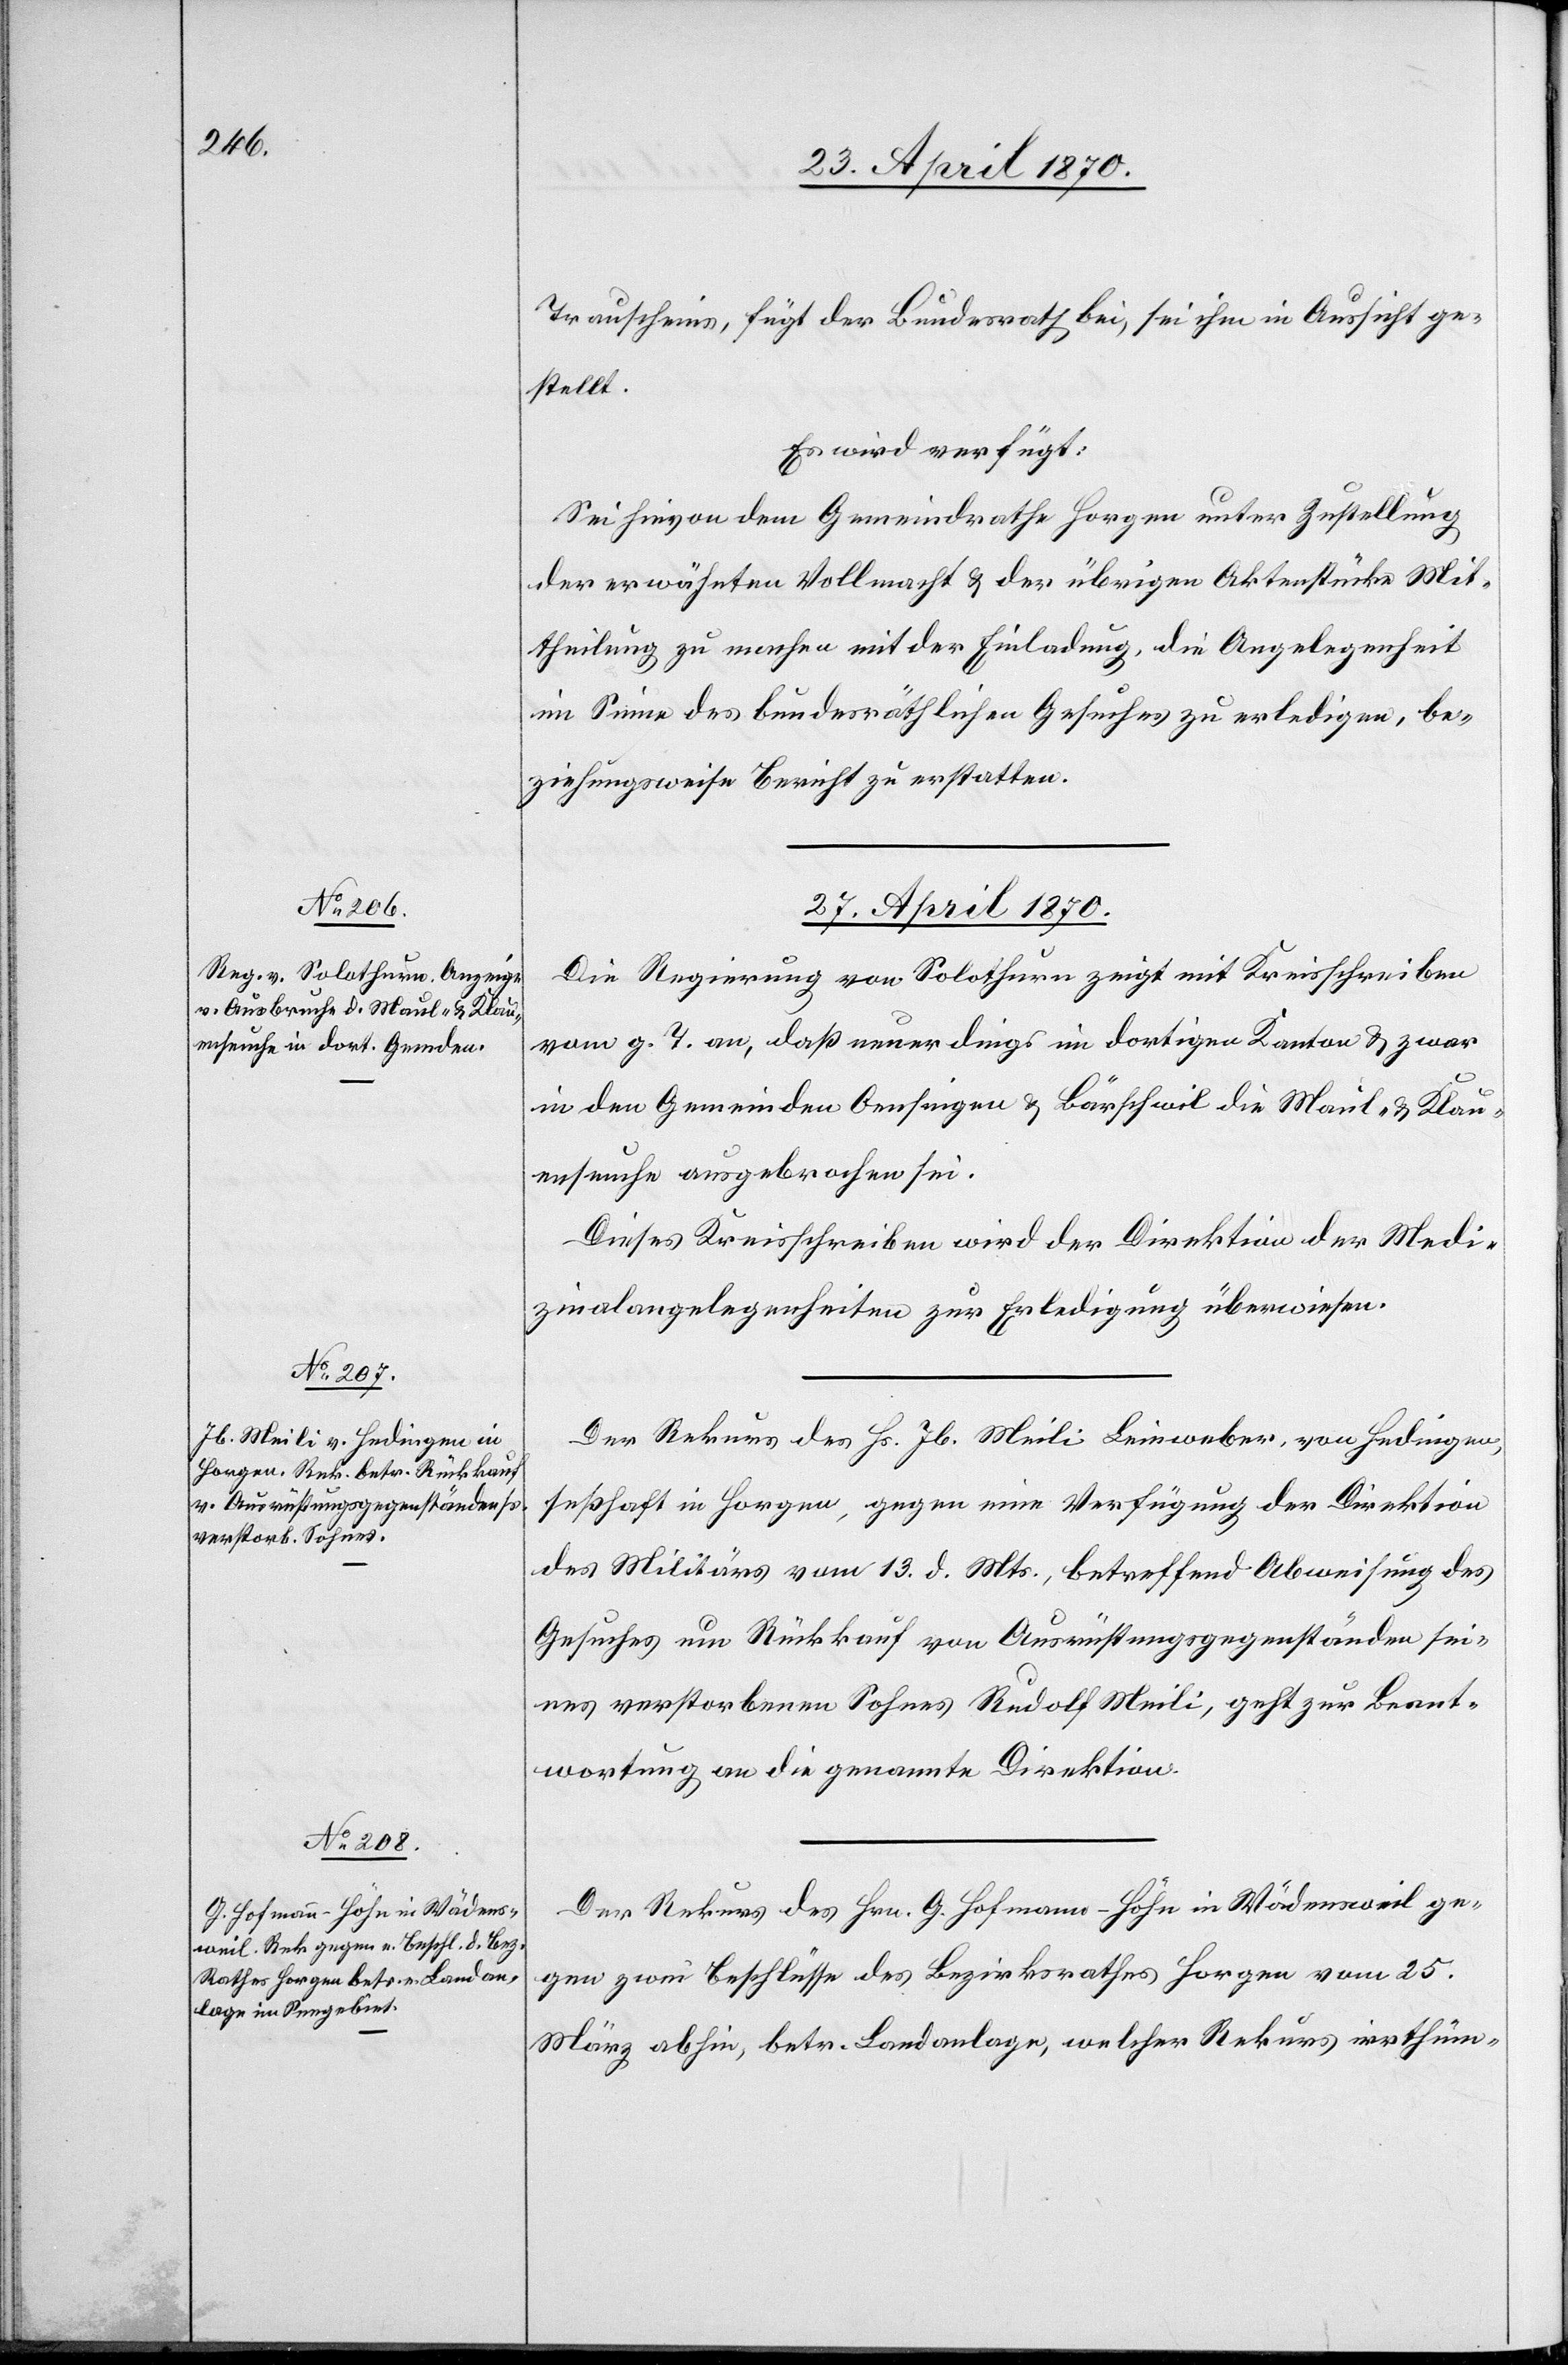
Trauscheins, fügt der Bundesrath bei, sei ihm in Aussicht ge¬
stellt.
Es wird verfügt:
Sei hievon dem Gemeindrathe Horgen unter Zustellung
der erwähnten Vollmacht & der übrigen Aktenstücke Mit¬
theilung zu machen mit der Einladung, die Angelegenheit
im Sinne des bundesräthlichen Gesuches zu erledigen, be¬
ziehungsweise Bericht zu erstatten.
27. April 1870.]
Die Regierung von Solothurn zeigt mit Kreisschreien
vom g. T. an, daß neuerdings im dortigen Kanton & zwar
in den Gemeinden Oensingen & Bärschwil die Maul- & Klau¬
enseuche ausgebrochen sei.
Dieses Kreisschreiben wird der Direktion der Medi¬
zinalangelegenheiten zur Erledigung überwiesen.
Der Rekurs des Hs. Jb. Meili[,] Leinweber, von Hedingen,
seßhaft in Horgen, gegen eine Verfügung der Direktion
des Militärs vom 13. d. Mts., betreffend Abweisung des
Gesuches um Rückkauf von Ausrüstengegenständen [sic!]
seines verstorbenen Sohnes Rudolf Meili, geht zur Beant¬
wortung an die genannte Direktion.
Der Rekurs des Hrn. G. Hofmann-Höhn in Wädensweil ge¬
gen zwei Beschlüsse des Bezirksrathes Horgen vom 25.
März abhin, betr. Landanlage, welcher Rekurs irrthüm-